Note on the mental hospitals in Burma - 1925-1940
Year: 1925
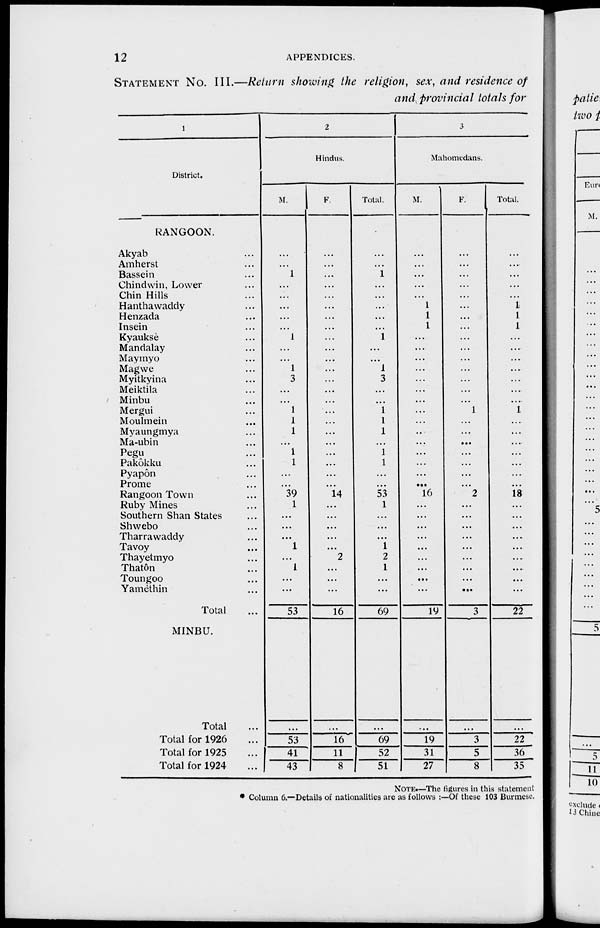
12
APPENDICES.
STATEMENT No. III.—Return showing the religion, sex, and residence of
and provincial totals for
1
District.
RANGOON.
Akyab ...
Amherst ...
Bassein ...
Chindwin, Lower ...
Chin Hills ...
Hantha waddy ...
Henzada ...
Insein ...
Kyauksè ...
Mandalay ...
Maymyo ...
Magwe ...
Myitkyina ...
Meiktila ...
Minbu ...
Mergui ...
Moulmein ...
Myaungmya ...
Ma-ubin ...
Pegu ...
Pakôkku ...
Pyapôn ...
Prome ...
Rangoon Town ...
Ruby Mines ...
Southern Shan States ...
Shwebo ...
Tharrawaddy ...
Tavoy ...
Thayetmyo ...
Thatôn ...
Toungoo ...
Yamèthin ...
Total ...
MINBU.
Total ...
Total for 1926 ...
Total for 1925 ...
Total for 1924 ...
2
Hindus.
M.
...
...
1
...
...
...
...
...
1
...
...
1
3
...
...
1
1
1
...
1
1
...
...
39
1
...
...
...
1
...
1
...
...
53
...
53
41
43
F.
...
...
...
...
...
...
...
...
...
...
...
...
...
...
...
...
...
...
...
...
...
...
...
14
...
...
...
...
...
2
...
...
...
16
...
16
11
8
Total.
...
...
1
...
...
...
...
...
1
...
...
1
3
...
...
1
1
1
...
1
1
...
...
53
1
...
...
...
1
2
1
...
...
69
...
69
52
51
3
Mahomedans.
M.
...
...
...
...
...
1
1
1
...
...
...
...
...
...
...
...
...
...
...
...
...
...
...
16
...
...
...
...
...
...
...
...
...
19
...
19
31
27
F.
...
...
...
...
...
...
...
...
...
...
...
...
...
...
...
1
...
...
...
...
...
...
...
2
...
...
...
...
...
...
...
...
...
3
...
3
5
8
Total.
...
...
...
...
...
1
1
1
...
...
...
...
...
...
...
1
...
...
...
...
...
...
...
18
...
...
...
...
...
...
...
...
...
22
...
22
36
35
NOTE.—The figures in this statement
* Column 6.—Details of nationalities are as follows :—Of these 103 Burmese.